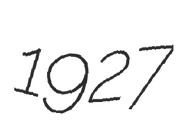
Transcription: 1927